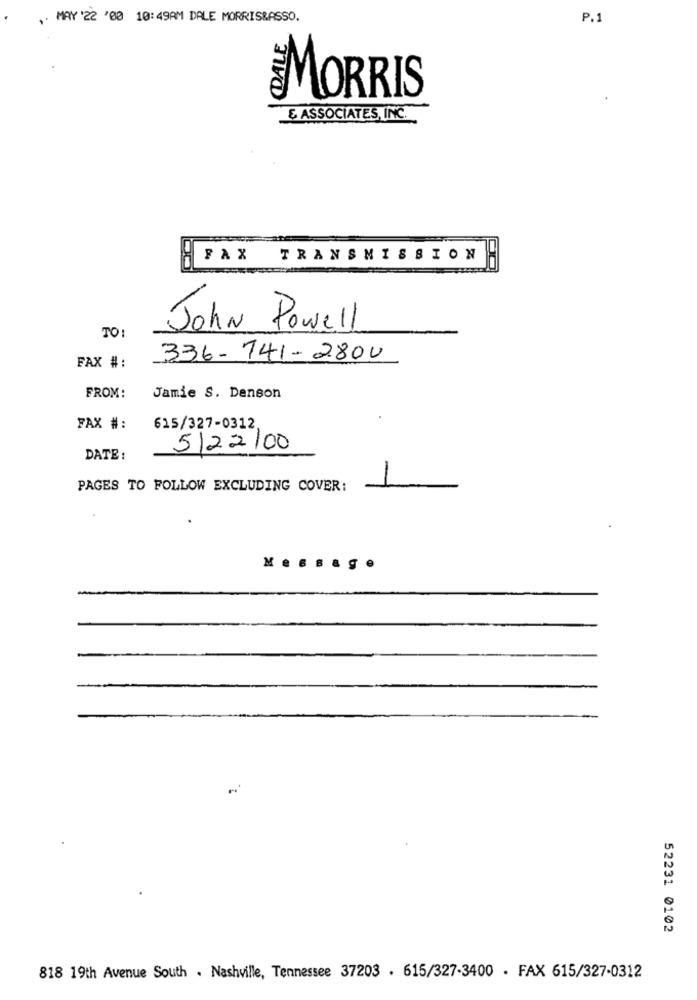
, MAY '22 '00 10:49AM DALE MORRISBASSO.
P.1
MORRIS
& ASSOCIATES, INC.
FAX
TRANSMISSION
John Powell
TO:
336 -741- 2800
FAX #:
FROM:
Jamie S. Denson
FAX #:
615/327-0312
5/22/00
DATE :
PAGES TO FOLLOW EXCLUDING COVER:
Message
52231 0102
818 19th Avenue South . Nashville, Tennessee 37203 . 615/327-3400 . FAX 615/327-0312